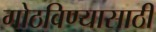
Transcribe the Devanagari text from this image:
गोठविण्यासाठी